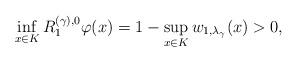
LaTeX: \begin{align*}\inf_{x\in K}R^{(\gamma),0}_1\varphi(x)=1-\sup_{x\in K}w_{1,\lambda_\gamma}(x)>0,\end{align*}